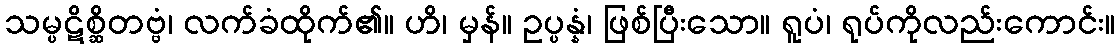
သမ္ပဋိစ္ဆိတဗ္ဗံ၊ လက်ခံထိုက်၏။ ဟိ၊ မှန်။ ဥပ္ပန္နံ၊ ဖြစ်ပြီးသော။ ရူပံ၊ ရုပ်ကိုလည်းကောင်း။